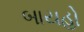
બાયહો